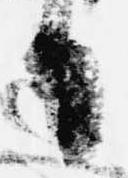
日